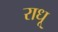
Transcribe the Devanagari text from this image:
राधू